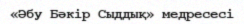
«Әбу Бәкір Сыддық» медресесі